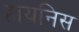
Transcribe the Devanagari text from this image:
हायनिस